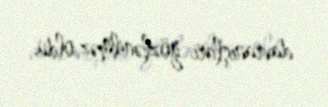
davranışları gözlənilməz oldu.